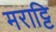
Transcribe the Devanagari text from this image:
मराट्टि